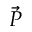
\vec { P }